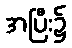
အပြီး၌